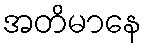
အတိမာနေ